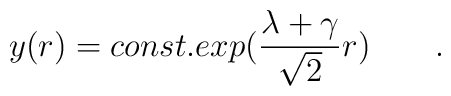
y(r)=const.exp({{\lambda+\gamma}\over \sqrt2}r)\qquad.